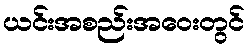
ယင်းအစည်းအဝေးတွင်